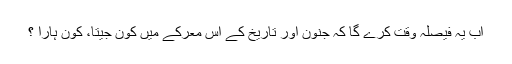
اب یہ فیصلہ وقت کرے گا کہ جنون اور تاریخ کے اس معرکے میں کون جیتا، کون ہارا ؟